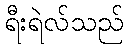
ရီးရဲလ်သည်